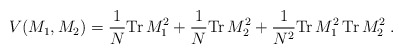
\begin{align*}V(M_1 ,M_2 ) = \frac{1}{N} \mbox{Tr} \, M_1^2 + \frac{1}{N} \mbox{Tr} \,M_2^2 +\frac{1}{N^2 } \mbox{Tr} \, M_1^2 \, \mbox{Tr} \, M_2^2 \; .\end{align*}